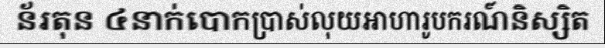
ន័រតុន ៤នាក់បោកប្រាស់លុយអាហារូបករណ៍និស្សិត